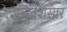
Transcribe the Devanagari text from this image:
रघुवंशसार